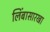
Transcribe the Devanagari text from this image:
लिंबासारखा